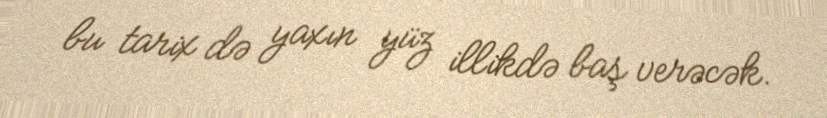
bu tarix də yaxın yüz illikdə baş verəcək.